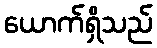
ယောက်ရှိသည်